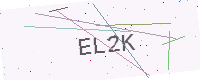
Text: EL2K